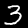
Label: 3